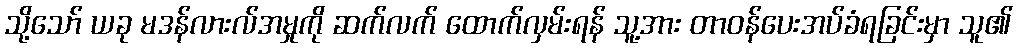
သို့သော် ယခု မဒန်လားလ်အမှုကို ဆက်လက် ထောက်လှမ်းရန် သူ့အား တာဝန်ပေးအပ်ခံရခြင်းမှာ သူ၏